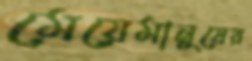
মেয়েমানুষের